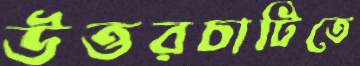
উত্তরচাটিতে